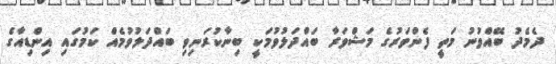
ދެމެދު ބޭއްވުނު މަތީ ފެންވަރުގެ މަޝްވަރާ ބައްދަލުވުމަކީ ބިނާކުރަނިވި ބައްދަލުވުމެއް ކަމުގައި އިންޑިއާގެ